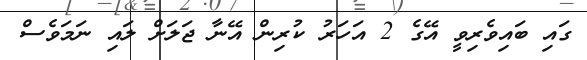
ގައި ބައިވެރިވީ އޭގެ 2 އަހަރު ކުރިން އޭނާ ޖަލަށް ލައި ނަމަވެސް